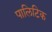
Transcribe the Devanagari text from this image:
पालिटिक